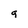
Character: g